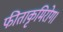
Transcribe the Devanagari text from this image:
फीताकृमिरोग।